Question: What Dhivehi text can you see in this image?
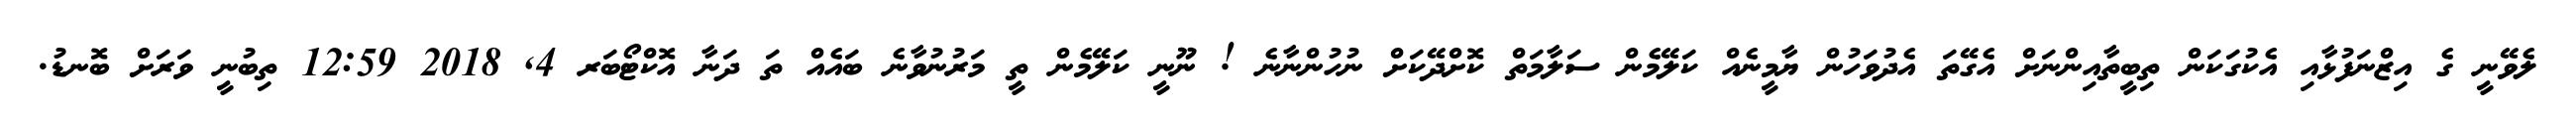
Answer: ލެވޭނީ ގެ އިޒްނަފުޅާއި އެކުގަކަން ތިބީތާއިންނަށް އެގޭތަ އެދުވަހުން ޔާމީނެއް ކަލޭމެން ސަލާމަތް ކޮށްދޭކަށް ނުހުންނާނެ ! ނޫނީ ކަލޭމެން ތީ މަރުނުވާނެ ބައެއް ތަ ދަނާ އޮކްޓޯބަރ 4, 2018 12:59 ތިބުނީ ވަރަށް ބޮނޑު.